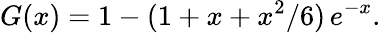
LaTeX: G(x)=1-(1+x+x^{2}/6)\, e^{-x}.